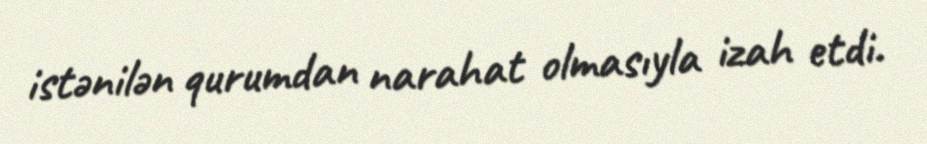
istənilən qurumdan narahat olmasıyla izah etdi.